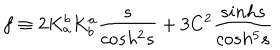
f \equiv 2 K _ { a } ^ { b } K _ { b } ^ { a } \frac { s } { c o s h ^ { 2 } s } + 3 C ^ { 2 } \frac { s i n h s } { c o s h ^ { 5 } s }